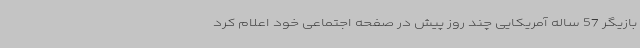
بازیگر 57 ساله آمریکایی چند روز پیش در صفحه اجتماعی خود اعلام کرد